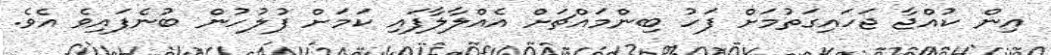
އިން ކުއްޖާ ޖަހައިގަތުމަށް ފަހު ބިންމައްޗަށް އެއްލާލާފައި ކަމަށް ފުލުހުން ބުނެފައިވެ އެވެ.